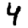
Digit: 4